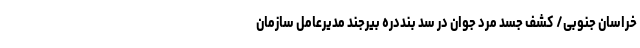
خراسان جنوبی/ کشف جسد مرد جوان در سد بنددره بیرجند مدیرعامل سازمان